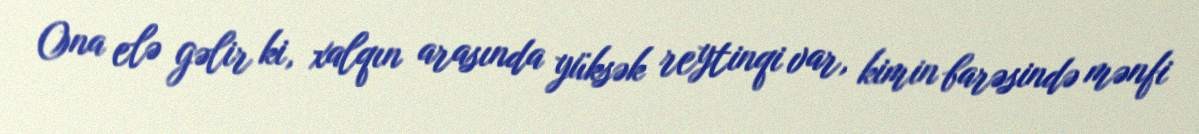
Ona elə gəlir ki, xalqın arasında yüksək reytinqi var, kimin barəsində mənfi